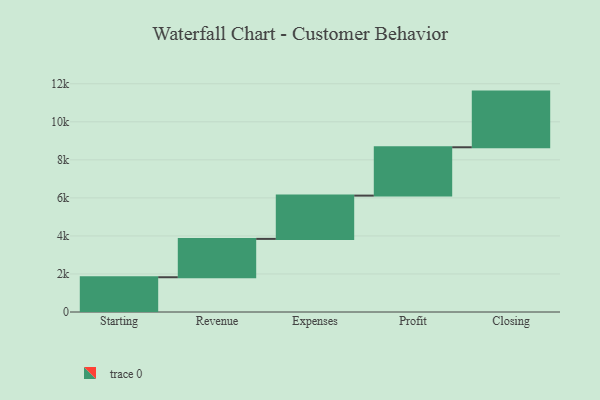
{"axis": {"x": "Step", "y": "Value"}, "legend": [""], "data": [{"x": "Starting", "y": 1828.0, "type": ""}, {"x": "Revenue", "y": 2016.0, "type": ""}, {"x": "Expenses", "y": 2276.0, "type": ""}, {"x": "Profit", "y": 2542.0, "type": ""}, {"x": "Closing", "y": 2927.0, "type": ""}]}